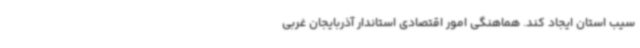
سیب استان ایجاد کند. هماهنگی امور اقتصادی استاندار آذربایجان غربی